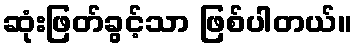
ဆုံးဖြတ်ခွင့်သာ ဖြစ်ပါတယ်။